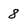
Character: 8